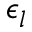
\epsilon _ { l }